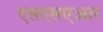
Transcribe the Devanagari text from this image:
एसएसएआर